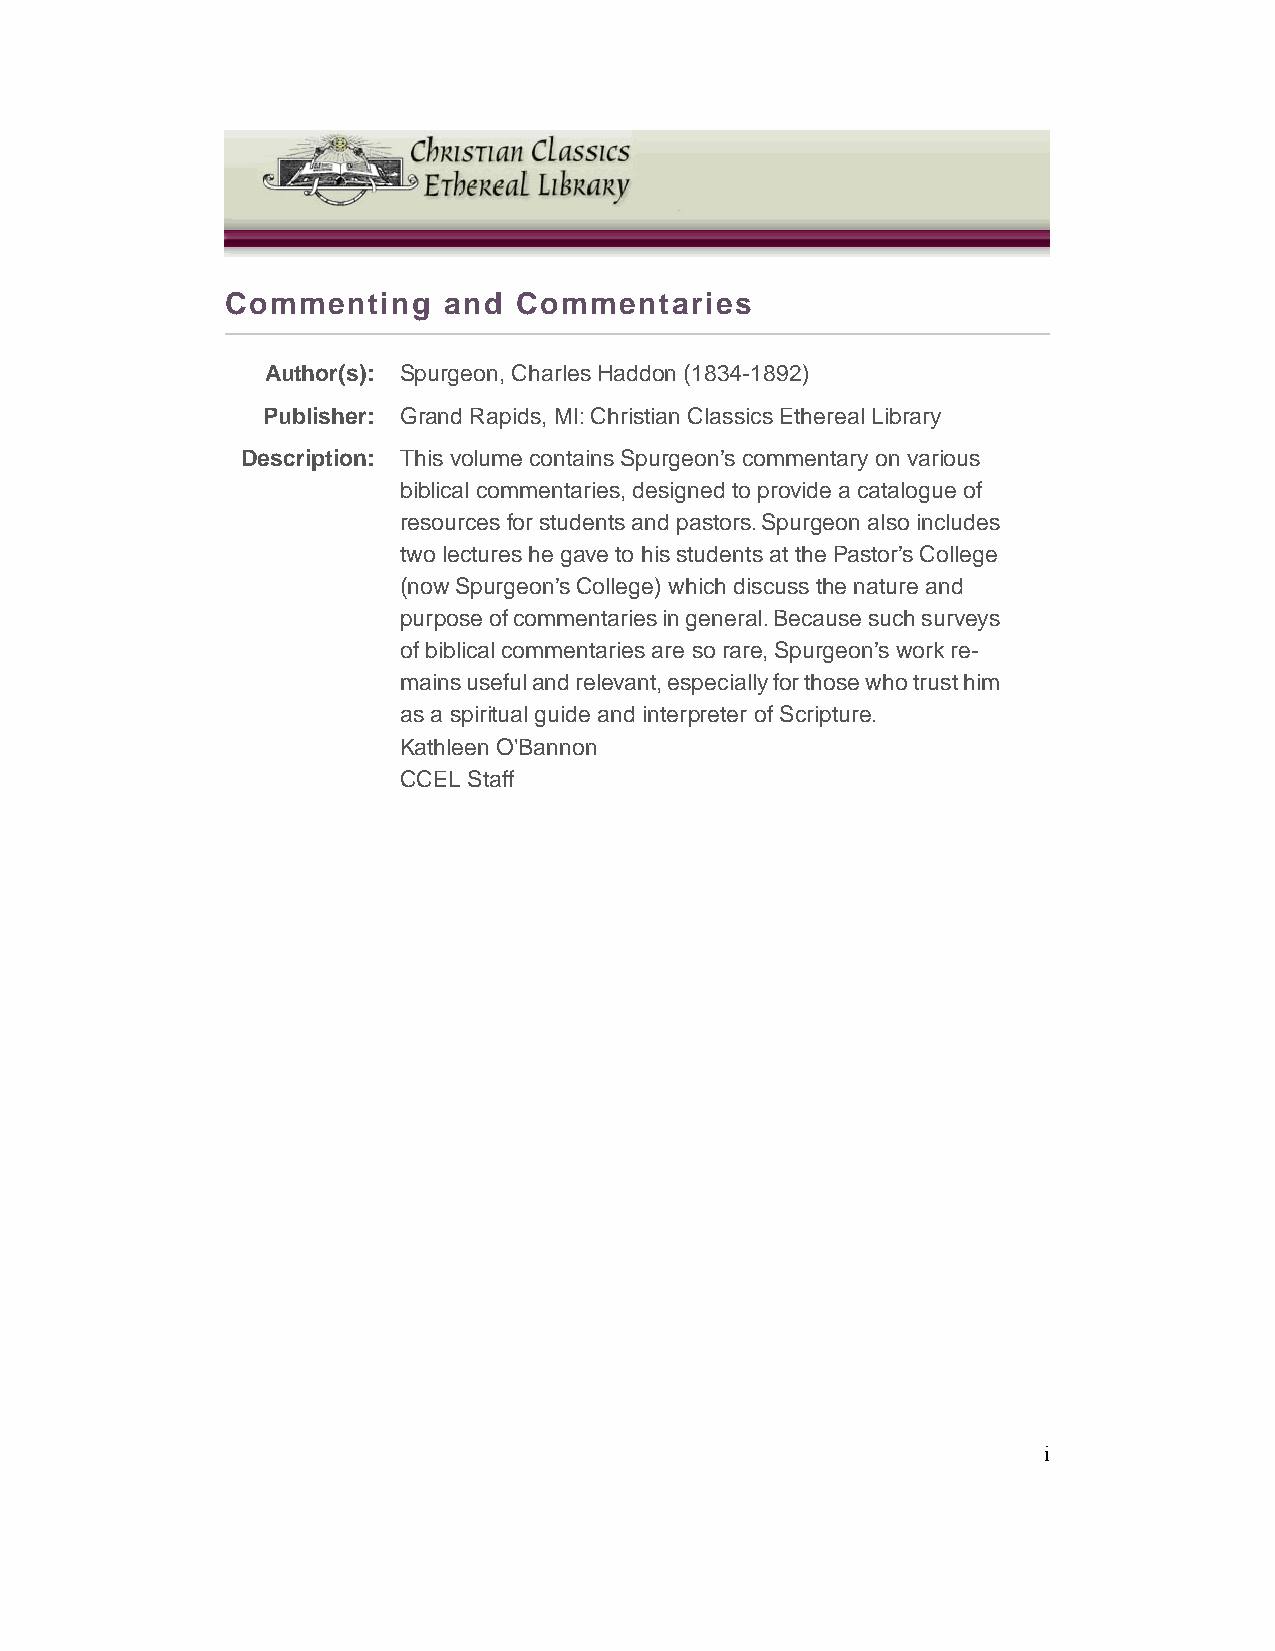
Commenting    and  Commentaries
 Author(s): Spurgeon, Charles Haddon (1834-1892)
 Publisher: Grand Rapids, MI: Christian Classics Ethereal Library
 Description: This volume contains Spurgeon’s commentary on various
 biblical commentaries, designed to provide a catalogue of
 resources for students and pastors. Spurgeon also includes
 two lectures he gave to his students at the Pastor’s College
 (now Spurgeon’s College) which discuss the nature and
 purpose of commentaries in general. Because such surveys
 of biblical commentaries are so rare, Spurgeon’s work re-
 mains useful and relevant, especially for those who trust him
 as a spiritual guide and interpreter of Scripture.
 Kathleen O'Bannon
 CCEL Staff
 i